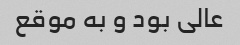
عالی بود و به موقع